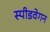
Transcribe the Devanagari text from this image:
स्पीडवेगन